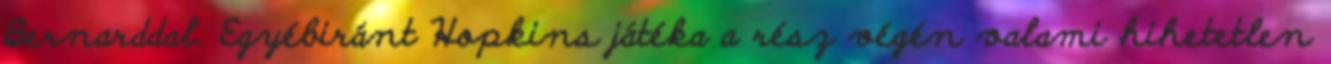
Bernarddal. Egyébiránt Hopkins játéka a rész végén valami hihetetlen